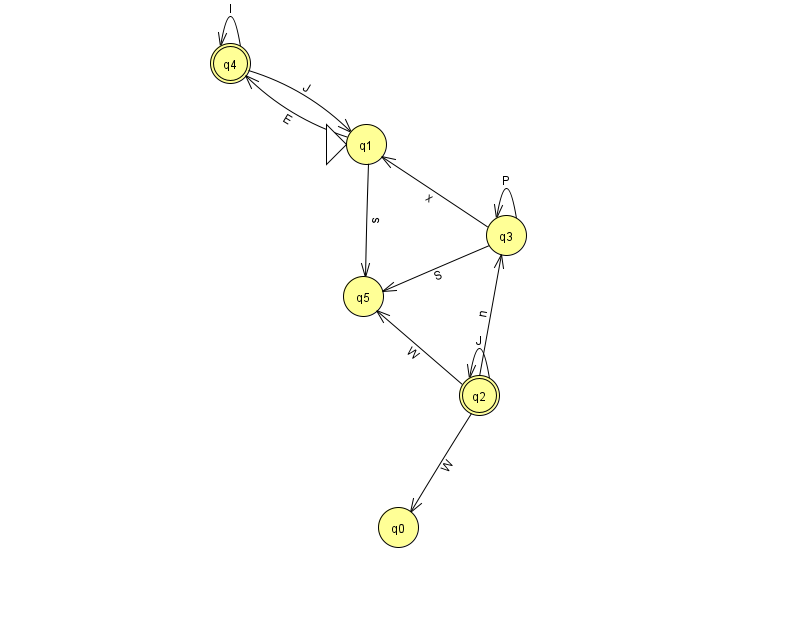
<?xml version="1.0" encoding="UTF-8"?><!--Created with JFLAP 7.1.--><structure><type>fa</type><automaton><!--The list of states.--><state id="0" name="q0"><x>398.0</x><y>514.0</y></state><state id="1" name="q1"><x>366.0</x><y>131.0</y><initial/></state><state id="2" name="q2"><x>479.0</x><y>382.0</y><final/></state><state id="3" name="q3"><x>506.0</x><y>222.0</y></state><state id="4" name="q4"><x>230.0</x><y>50.0</y><final/></state><state id="5" name="q5"><x>363.0</x><y>283.0</y></state><!--The list of transitions.--><transition><from>2</from><to>3</to><read>n</read></transition><transition><from>3</from><to>3</to><read>P</read></transition><transition><from>3</from><to>1</to><read>x</read></transition><transition><from>1</from><to>5</to><read>s</read></transition><transition><from>2</from><to>5</to><read>W</read></transition><transition><from>4</from><to>1</to><read>J</read></transition><transition><from>1</from><to>4</to><read>E</read></transition><transition><from>2</from><to>0</to><read>W</read></transition><transition><from>2</from><to>2</to><read>J</read></transition><transition><from>4</from><to>4</to><read>l</read></transition><transition><from>3</from><to>5</to><read>S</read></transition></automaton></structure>